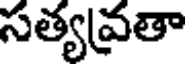
సత్యవ్రతా